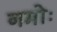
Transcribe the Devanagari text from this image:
नमोः